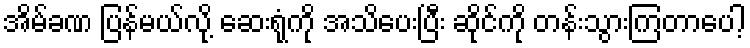
အိမ်ခဏ ပြန်မယ်လို့ ဆေးရုံကို အသိပေးပြီး ဆိုင်ကို တန်းသွားကြတာပေါ့